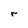
Character: r